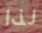
لذا